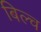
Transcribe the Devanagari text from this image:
बिल्च